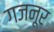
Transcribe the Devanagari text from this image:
गजनूर